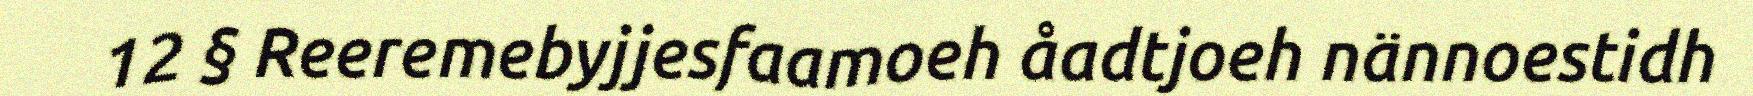
12 § Reeremebyjjesfaamoeh åadtjoeh nännoestidh